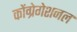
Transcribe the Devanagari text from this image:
कोंग्रेगेशनल